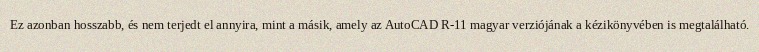
Ez azonban hosszabb, és nem terjedt el annyira, mint a másik, amely az AutoCAD R-11 magyar verziójának a kézikönyvében is megtalálható.